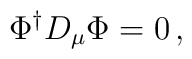
\Phi^{\dagger}D_\mu\Phi=0\,,